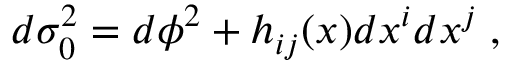
d \sigma _ { 0 } ^ { 2 } = d \phi ^ { 2 } + h _ { i j } ( x ) d x ^ { i } d x ^ { j } \; ,